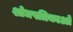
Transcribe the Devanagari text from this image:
शोधपत्रिकाओं